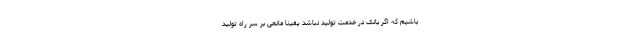
باشیم که اگر بانک در خدمت تولید نباشد یقینا مانعی بر سر راه تولید